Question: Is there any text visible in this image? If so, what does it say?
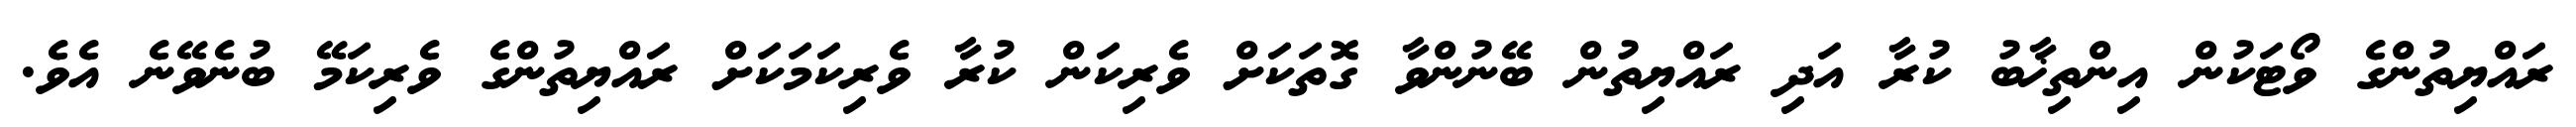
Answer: ރައްޔިތުންގެ ވޯޓަކުން އިންތިޚާބު ކުރާ އަދި ރައްޔިތުން ބޭނުންވާ ގޮތަކަށް ވެރިކަން ކުރާ ވެރިކަމަކަށް ރައްޔިތުންގެ ވެރިކަމޭ ބުނެވޭނެ އެވެ.